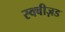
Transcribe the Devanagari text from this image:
स्क्वीज़ड